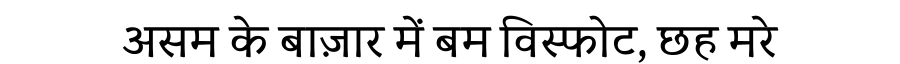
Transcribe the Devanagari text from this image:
असम के बाज़ार में बम विस्फोट, छह मरे